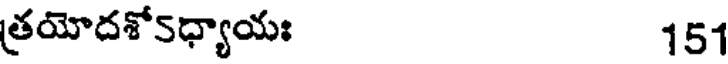
త్రయోదశో5ధ్యాయః 151